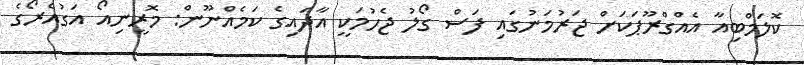
ކޮލަމްބިއާ އެއްގްރޫޕަކަށް ޖަރުމަނުގައި ފަސް ގޯލު ޖެހުމަކީ އާދައިގެ ކަމެއްނޫން: މޮރީނިއޯ އަގުއެރޯގެ